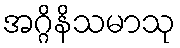
အဂ္ဂိနိသမာသု